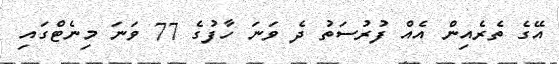
އޭގެ ތެރެއިން އެއް ފުރުސަތު ދެ ވަނަ ހާފުގެ 77 ވަނަ މިނެޓްގައި